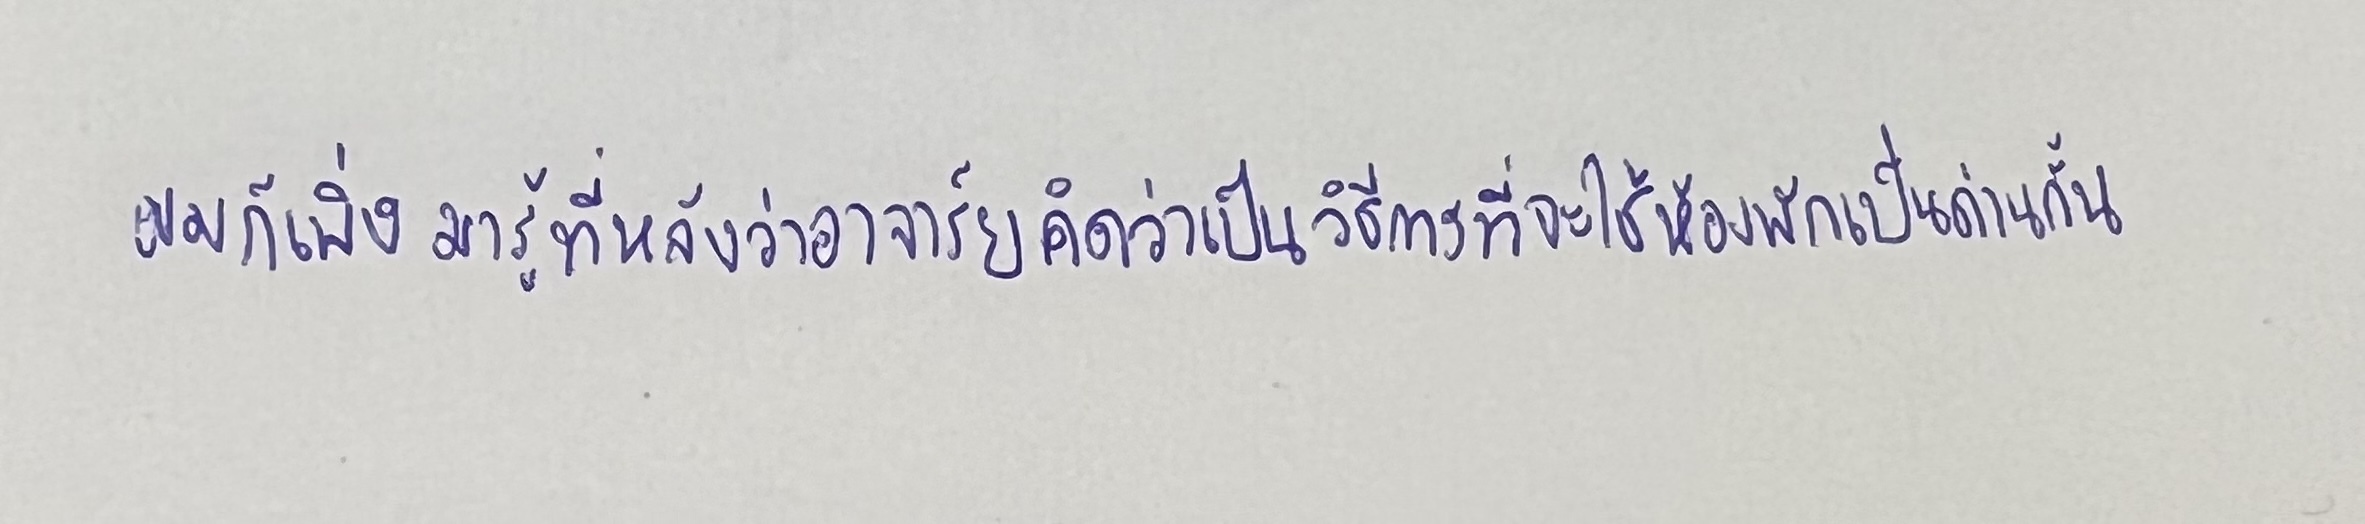
ผมก็เพิ่งมารู้ที่หลังว่าอาจารย์คิดว่าเป็นวิธีการที่จะใช้ห้องพักเป็นด่านกั้น